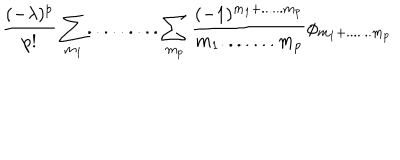
\frac { ( - \lambda ) ^ { p } } { p ! } \sum _ { m _ { 1 } } . . . . . . . . . \sum _ { m _ { p } } \frac { ( - 1 ) ^ { m _ { 1 } + . . . . . . m _ { p } } } { m _ { 1 } . . . . . . . m _ { p } } \phi _ { m _ { 1 } + . . . . . . . m _ { p } }